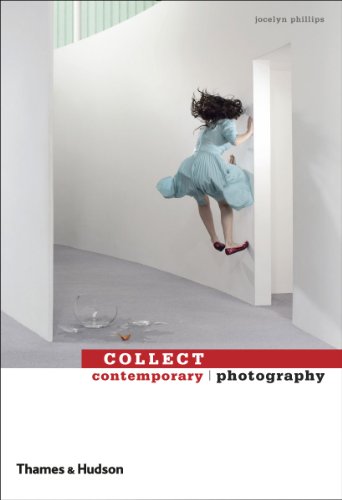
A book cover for Collect Contemporary: Photography; Jocelyn Phillips; Crafts, Hobbies & Home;